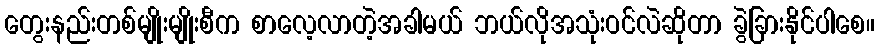
တွေးနည်းတစ်မျိုးမျိုးစီက စာလေ့လာတဲ့အခါမယ် ဘယ်လိုအသုံးဝင်လဲဆိုတာ ခွဲခြားနိုင်ပါစေ။